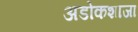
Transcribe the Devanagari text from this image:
अडोकशाजा